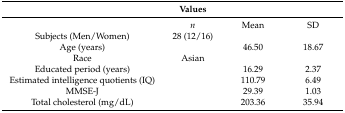
<table><thead><tr><td></td><td><b>Values</b></td><td></td><td></td></tr></thead><tbody><tr><td></td><td><i>n</i></td><td>Mean</td><td>SD</td></tr><tr><td>Subjects (Men/Women)</td><td>28 (12/16)</td><td></td><td></td></tr><tr><td>Age (years)</td><td></td><td>46.50</td><td>18.67</td></tr><tr><td>Race</td><td>Asian</td><td></td><td></td></tr><tr><td>Educated period (years)</td><td></td><td>16.29</td><td>2.37</td></tr><tr><td>Estimated intelligence quotients (IQ)</td><td></td><td>110.79</td><td>6.49</td></tr><tr><td>MMSE-J</td><td></td><td>29.39</td><td>1.03</td></tr><tr><td>Total cholesterol (mg/dL)</td><td></td><td>203.36</td><td>35.94</td></tr></tbody></table>